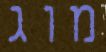
מוג